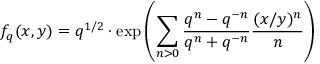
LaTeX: f _ { q } ( x , y ) = q ^ { 1 / 2 } \cdot \mathrm { e x p } \left( \sum _ { n > 0 } \frac { q ^ { n } - q ^ { - n } } { q ^ { n } + q ^ { - n } } \frac { ( x / y ) ^ { n } } { n } \right)